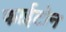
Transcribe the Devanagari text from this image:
फाईटोन